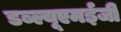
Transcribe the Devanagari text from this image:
डब्ल्यूएमईजी